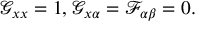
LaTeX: \mathcal { G } _ { x x } = 1 , \mathcal { G } _ { x \alpha } = \mathcal { F } _ { \alpha \beta } = 0 .